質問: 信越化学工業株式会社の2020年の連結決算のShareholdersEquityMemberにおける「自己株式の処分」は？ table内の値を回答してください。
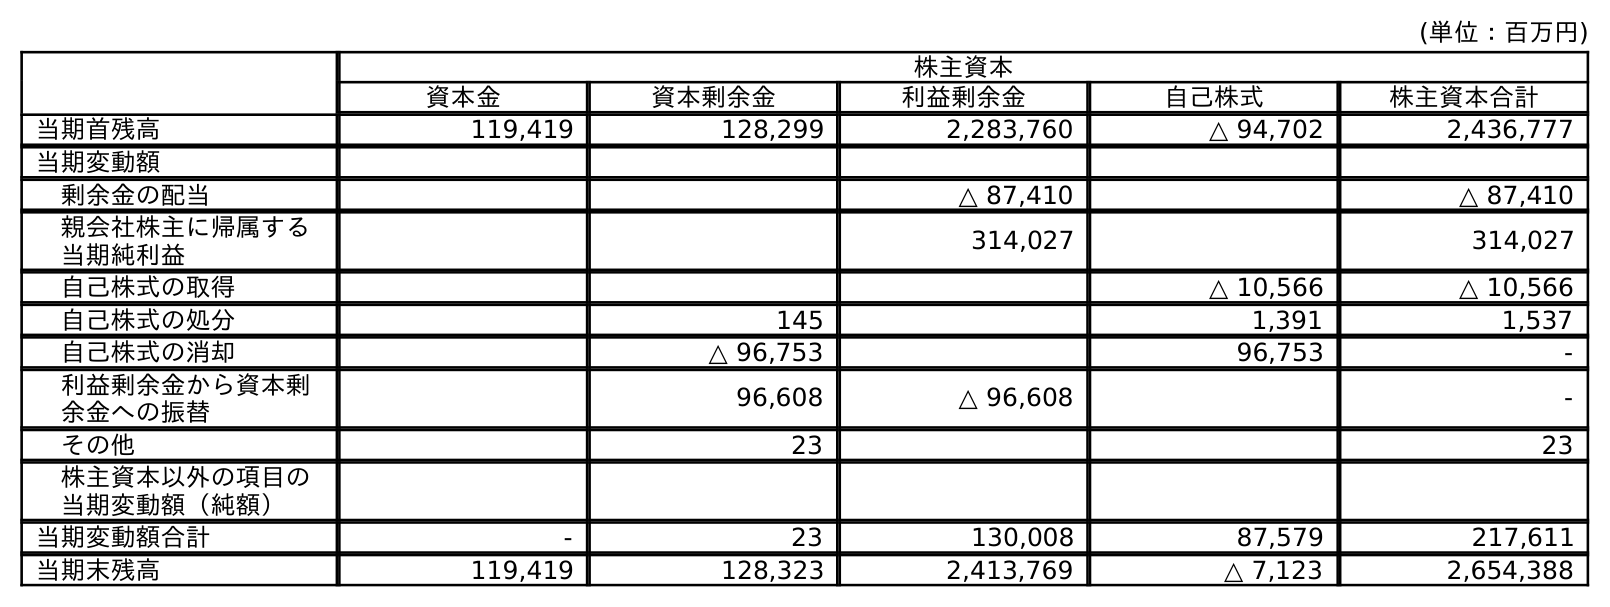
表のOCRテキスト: (単位：百万円) 株主資本 資本金 資本剰余金 利益剰余金 自己株式 株主資本合計 当期首残高 119,419 128,299 2,283,760 △ 94,702 2,436,777 当期変動額 剰余金の配当 △ 87,410 △ 87,410 親会社株主に帰属する 当期純利益 314,027 314,027 自己株式の取得 △ 10,566 △ 10,566 自己株式の処分 145 1,391 1,537 自己株式の消却 △ 96,753 96,753 - 利益剰余金から資本剰 余金への振替 96,608 △ 96,608 - その他 23 23 株主資本以外の項目の 当期変動額（純額） 当期変動額合計 - 23 130,008 87,579 217,611 当期末残高 119,419 128,323 2,413,769 △ 7,123 2,654,388
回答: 1,537